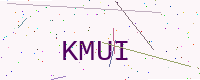
Text: KMUI